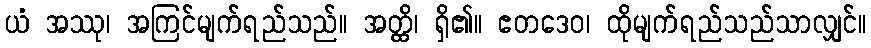
ယံ အဿု၊ အကြင်မျက်ရည်သည်။ အတ္ထိ၊ ရှိ၏။ ဧတဒေဝ၊ ထိုမျက်ရည်သည်သာလျှင်။